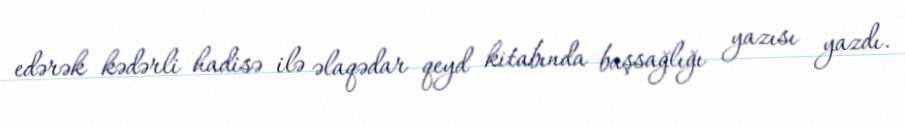
edərək kədərli hadisə ilə əlaqədar qeyd kitabında başsağlığı yazısı yazdı.